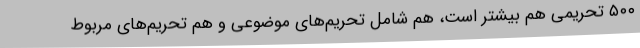
۵۰۰ تحریمی هم بیشتر است، هم شامل تحریم‌های موضوعی و هم تحریم‌های مربوط